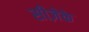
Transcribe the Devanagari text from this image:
सीज़ेके